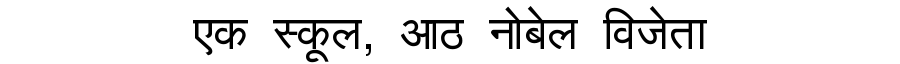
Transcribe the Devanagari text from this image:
एक स्कूल, आठ नोबेल विजेता